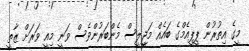
މީގެ އިތުރުން ޕީޕީއެމްގެ ބައެއް މަޖިީލީސް މެންބަރުންވެސް ވަނީ މިއީ ވަރަށް ޒާތީ